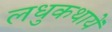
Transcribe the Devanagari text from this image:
लधुकथायें